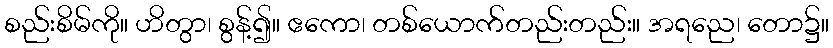
စည်းစိမ်ကို။ ဟိတွာ၊ စွန့်၍။ ဧကော၊ တစ်ယောက်တည်းတည်း။ အရညေ၊ တော၌။